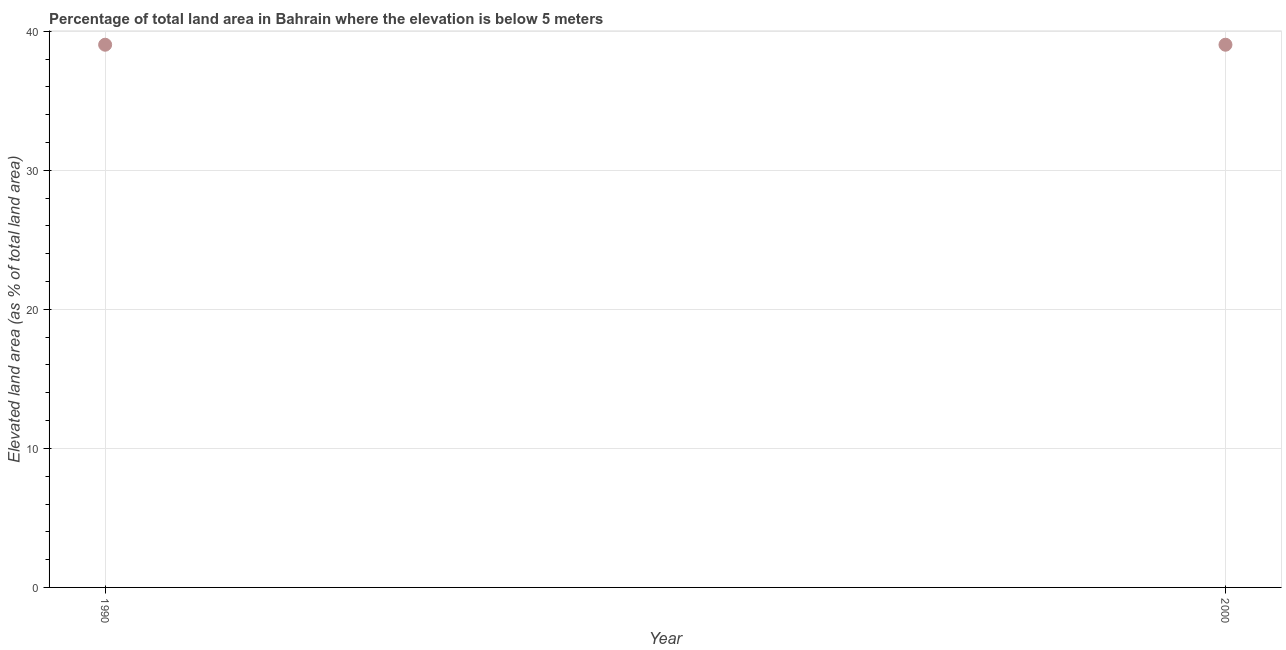
| Year | Land area |
 | --- | --- |
 | 1990 | 39 |
 | 2000 | 39 |